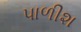
પાળીશ